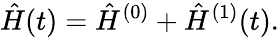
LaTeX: \hat{H}(t)=\hat{H}^{(0)}+\hat{H}^{(1)}(t).